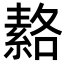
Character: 𦃅